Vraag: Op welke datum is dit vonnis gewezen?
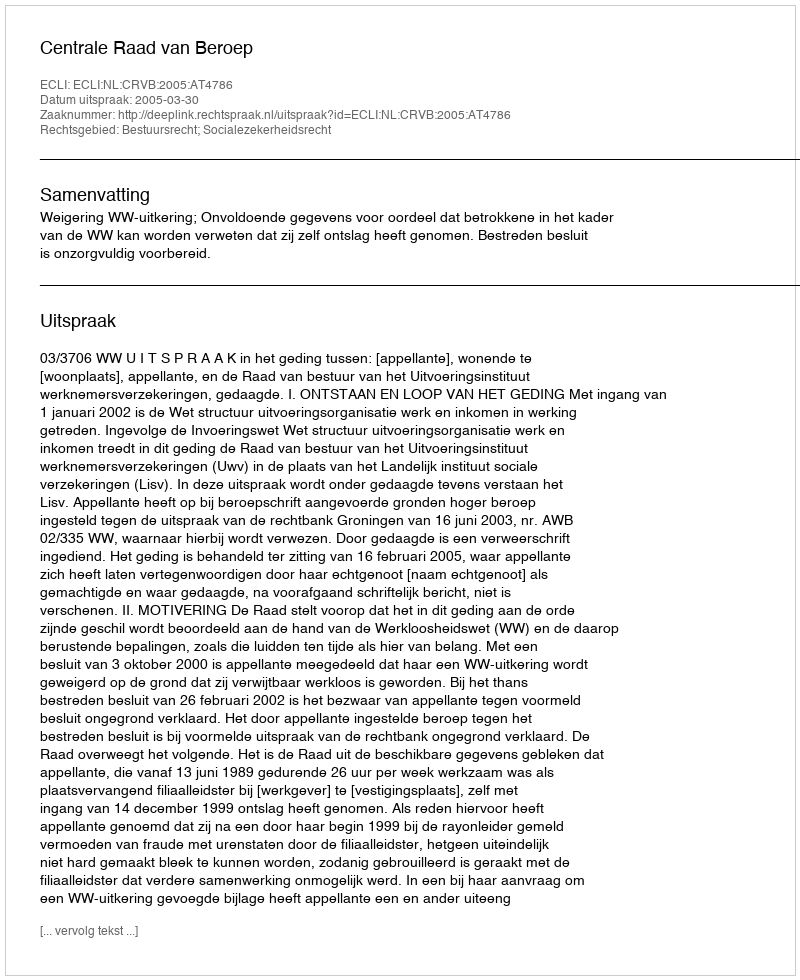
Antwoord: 2005-03-30